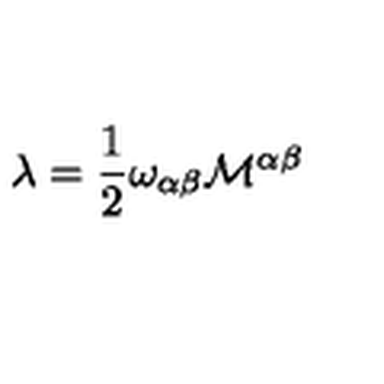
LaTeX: \lambda = \frac { 1 } { 2 } \omega _ { \alpha \beta } { \cal M } ^ { \alpha \beta }